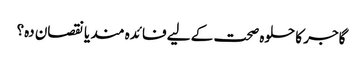
گاجر کا حلوہ صحت کے لیے فائدہ مند یا نقصان دہ؟